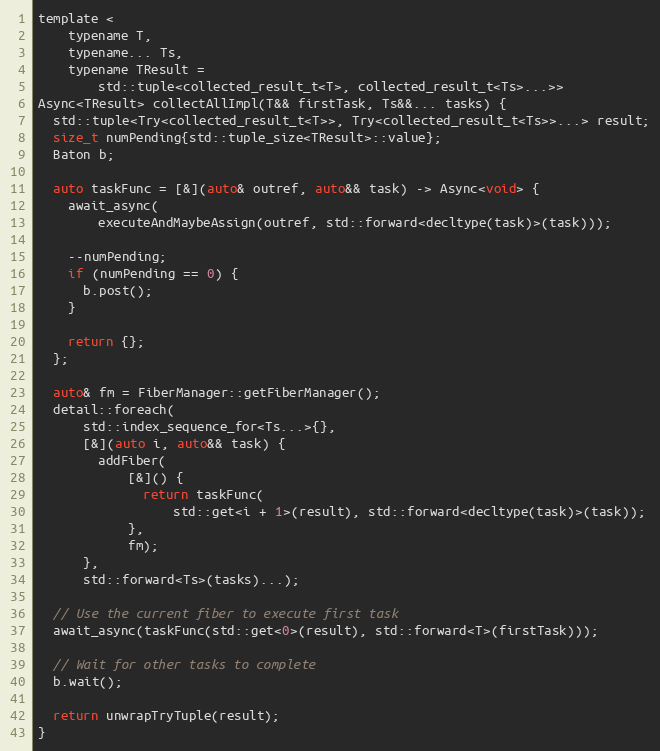
Language: C
template <
    typename T,
    typename... Ts,
    typename TResult =
        std::tuple<collected_result_t<T>, collected_result_t<Ts>...>>
Async<TResult> collectAllImpl(T&& firstTask, Ts&&... tasks) {
  std::tuple<Try<collected_result_t<T>>, Try<collected_result_t<Ts>>...> result;
  size_t numPending{std::tuple_size<TResult>::value};
  Baton b;

  auto taskFunc = [&](auto& outref, auto&& task) -> Async<void> {
    await_async(
        executeAndMaybeAssign(outref, std::forward<decltype(task)>(task)));

    --numPending;
    if (numPending == 0) {
      b.post();
    }

    return {};
  };

  auto& fm = FiberManager::getFiberManager();
  detail::foreach(
      std::index_sequence_for<Ts...>{},
      [&](auto i, auto&& task) {
        addFiber(
            [&]() {
              return taskFunc(
                  std::get<i + 1>(result), std::forward<decltype(task)>(task));
            },
            fm);
      },
      std::forward<Ts>(tasks)...);

  // Use the current fiber to execute first task
  await_async(taskFunc(std::get<0>(result), std::forward<T>(firstTask)));

  // Wait for other tasks to complete
  b.wait();

  return unwrapTryTuple(result);
}